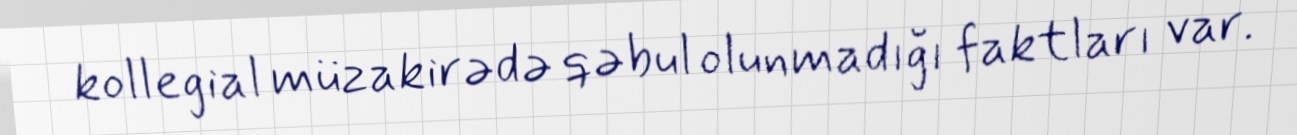
kollegial müzakirədə qəbul olunmadığı faktları var.